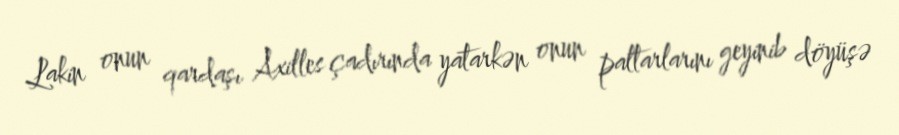
Lakin onun qardaşı Axilles çadırında yatarkən onun paltarlarını geyinib döyüşə